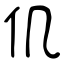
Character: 仉